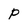
Character: P